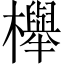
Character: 櫸